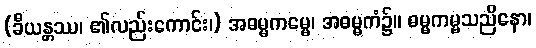
(ခီယန္တဿ၊ ၏လည်းကောင်း၊) အဓမ္မကမ္မေ၊ အဓမ္မကံ၌။ ဓမ္မကမ္မသညိနော၊